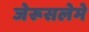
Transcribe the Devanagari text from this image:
जेरूसलेमे